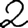
Digit: 2